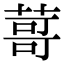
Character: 䔅